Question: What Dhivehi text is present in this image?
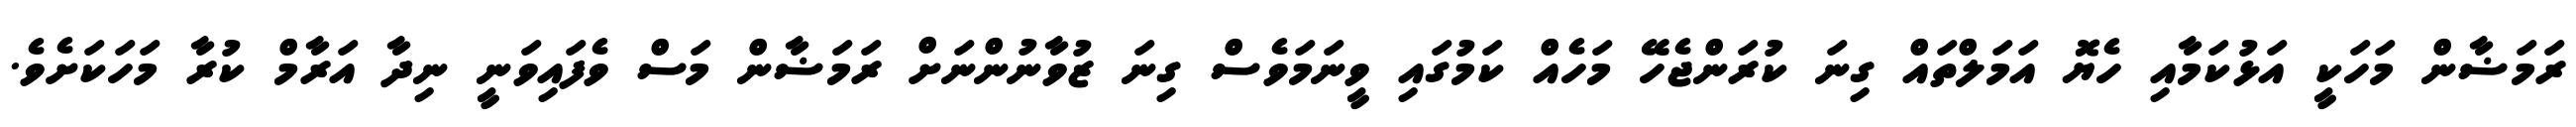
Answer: ރަމަޟާން މަހަކީ އަޅުކަމާއި ހެޔޮ އަމަލްތައް ގިނަ ކުރަންޖެހޭ މަހެއް ކަމުގައި ވީނަމަވެސް ގިނަ ޒުވާނުންނަށް ރަމަޟާން މަސް ވެފައިވަނީ ނިދާ އަރާމް ކުރާ މަހަކަށެވެ.